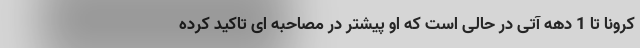
کرونا تا 1 دهه آتی در حالی است که او پیشتر در مصاحبه ای تاکید کرده